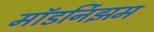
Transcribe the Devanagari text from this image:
मॉडर्निझम